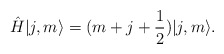
\begin{align*}\hat H |j,m\rangle = (m+j+\frac12)|j,m\rangle.\end{align*}